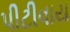
પીટીવાય